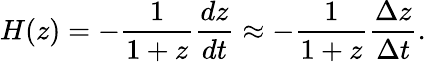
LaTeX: H(z)=-{\frac{1}{1+z}}{\frac{dz}{dt}}\approx-{\frac{1}{1+z}}{\frac{\Delta z}{\Delta t}}.